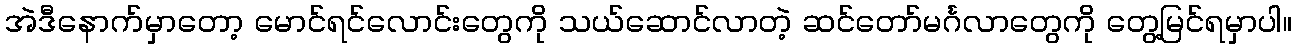
အဲဒီနောက်မှာတော့ မောင်ရင်လောင်းတွေကို သယ်ဆောင်လာတဲ့ ဆင်တော်မင်္ဂလာတွေကို တွေ့မြင်ရမှာပါ။